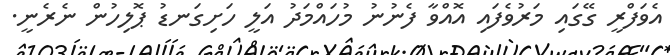
އެވަފްރީ ގޭގައި މަރުވެފައި އޮއްވާ ފެނުނު މުހައްމަދު އަލީ ހަށިގަނޑު ޕޮލިހުން ނެރެނީ.